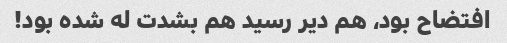
افتضاح بود، هم دیر رسید هم بشدت له شده بود!